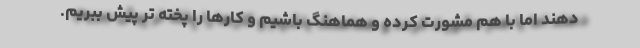
دهند اما با هم مشورت کرده و هماهنگ باشیم و کارها را پخته تر پیش ببریم.